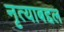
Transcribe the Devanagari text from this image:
नृत्याबद्दल